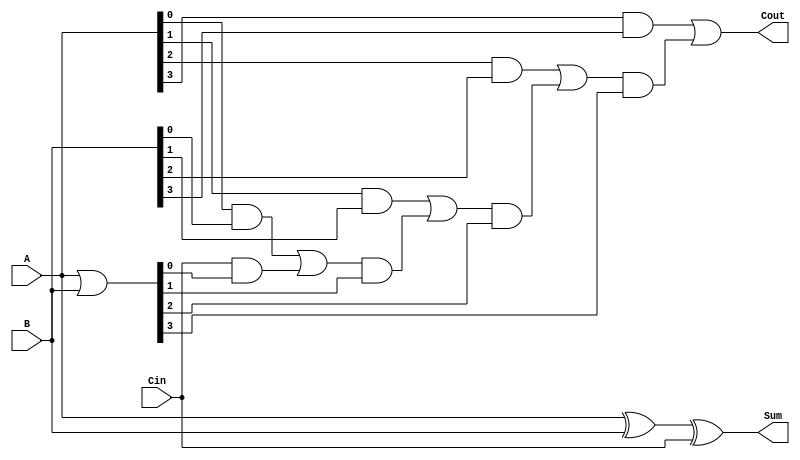
module carry_lookahead_adder(
  input [3:0] A, 
  input [3:0] B, 
  input Cin,
  output [3:0] Sum, 
  output Cout);

  wire [3:0] Generate, Propagate, P, G;

  assign Generate = A & B;
  assign Propagate = A | B;
  
  assign P[0] = Cin;
  assign G[0] = A[0] & B[0];
  
  assign P[1] = G[0] | (P[0] & Propagate[0]);
  assign G[1] = A[1] & B[1];
  
  assign P[2] = G[1] | (P[1] & Propagate[1]);
  assign G[2] = A[2] & B[2];
  
  assign P[3] = G[2] | (P[2] & Propagate[2]);
  assign G[3] = A[3] & B[3];
  
  assign Sum = A ^ B ^ Cin;
  assign Cout = G[3] | (P[3] & Propagate[3]);

endmodule